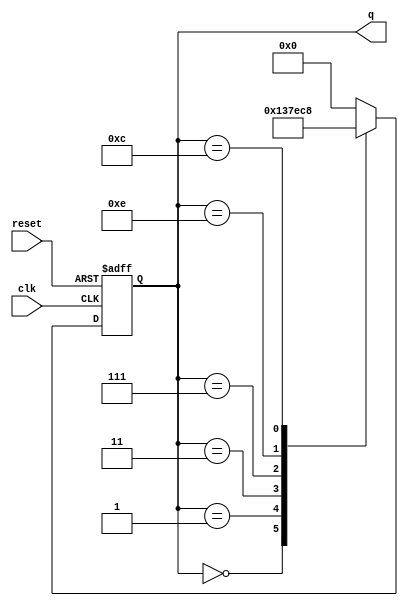
module johnson_counter (
    input wire clk,
    input wire reset,
    output reg [3:0] q
);

reg [3:0] next_q;

always @(posedge clk or posedge reset) begin
    if (reset) begin
        q <= 4'b0000;
    end else begin
        q <= next_q;
    end
end

always @(*) begin
    case(q)
        4'b0000: next_q = 4'b0001;
        4'b0001: next_q = 4'b0011;
        4'b0011: next_q = 4'b0111;
        4'b0111: next_q = 4'b1110;
        4'b1110: next_q = 4'b1100;
        4'b1100: next_q = 4'b1000;
        4'b1000: next_q = 4'b0000;
        default: next_q = 4'b0000;
    endcase
end

endmodule